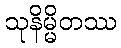
သုနိမ္မိတဿ